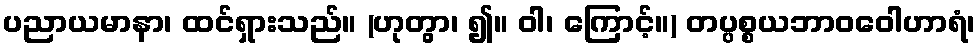
ပညာယမာနာ၊ ထင်ရှားသည်။ (ဟုတွာ၊ ၍။ ဝါ၊ ကြောင့်။) တပ္ပစ္စယဘာဝဝေါဟာရံ၊